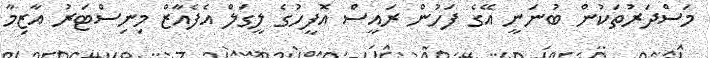
މަސްދަރުތަކުން ބުނަނީ އޭގެ ފަހުން ރައީސް އޮފީހުގެ ލީގަލް އެފެއާޒް މިނިސްޓަރު އާޒިމާ